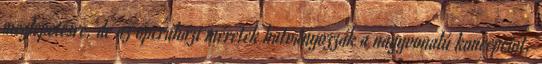
meglepetésre, de az operaházi méretek hatványozzák a nagyvonalú koncepciót.